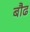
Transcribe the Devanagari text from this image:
बौढ